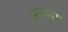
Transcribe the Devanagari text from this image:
युडस